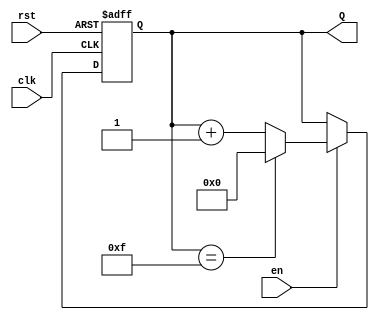
module UpCounter (
    input wire clk,      // Clock signal
    input wire en,       // Enable signal
    input wire rst,      // Reset signal (optional)
    output reg [3:0] Q   // 4-bit counter output
);

    // On the rising edge of the clock
    always @(posedge clk or posedge rst) begin
        if (rst) begin
            // Asynchronous reset: set counter to zero
            Q <= 4'b0000;
        end else if (en) begin
            // Count up if enabled
            if (Q == 4'b1111) begin
                Q <= 4'b0000; // Wrap around to zero
            end else begin
                Q <= Q + 1;    // Increment counter
            end
        end
        // If enable is low, retain the current value
    end

endmodule